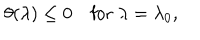
\theta ( \lambda ) \leq 0 ~ \mathrm { f o r } ~ \lambda = \lambda _ { 0 } ,